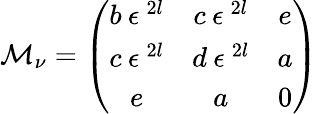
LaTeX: {\cal M}_{\nu}=\left(\begin{array}{ccc}{{b\: \epsilon^{\: 2l}}}&{{c\: \epsilon^{\: 2l}}}&{{e}}\\ {{c\: \epsilon^{\: 2l}}}&{{d\: \epsilon^{\: 2l}}}&{{a}}\\ {{e}}&{{a}}&{{0}}\end{array}\right)